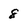
Character: 8